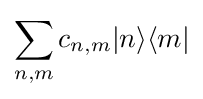
\sum \limits _{n,m}c_{n,m}|n\rangle \langle m|